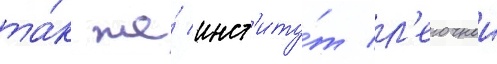
та́к же́ инст'иту́т л'егочнои